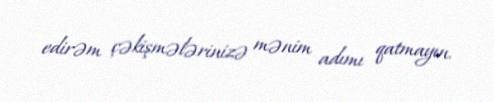
edirəm çəkişmələrinizə mənim adımı qatmayın.